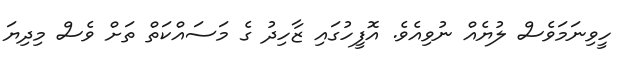
ހީވިނަމަވެސް ލުޔެއް ނުވިއެވެ. އޮފީހުގައި ޒާހިދު ގެ މަސައްކަތް ތަށް ވެސް މިދިޔަ